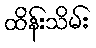
ထိန်းသိမ်း